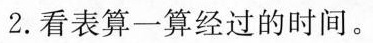
2.看表算一算经过的时间。